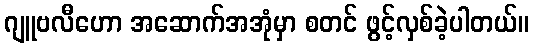
ဂျူဗလီဟော အဆောက်အအုံမှာ စတင် ဖွင့်လှစ်ခဲ့ပါတယ်။